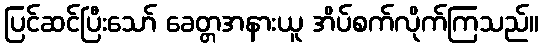
ပြင်ဆင်ပြီးသော် ခေတ္တအနားယူ အိပ်စက်လိုက်ကြသည်။